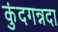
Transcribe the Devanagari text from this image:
कुंदगन्नदा